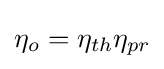
\eta _{o}=\eta _{th}\eta _{pr}